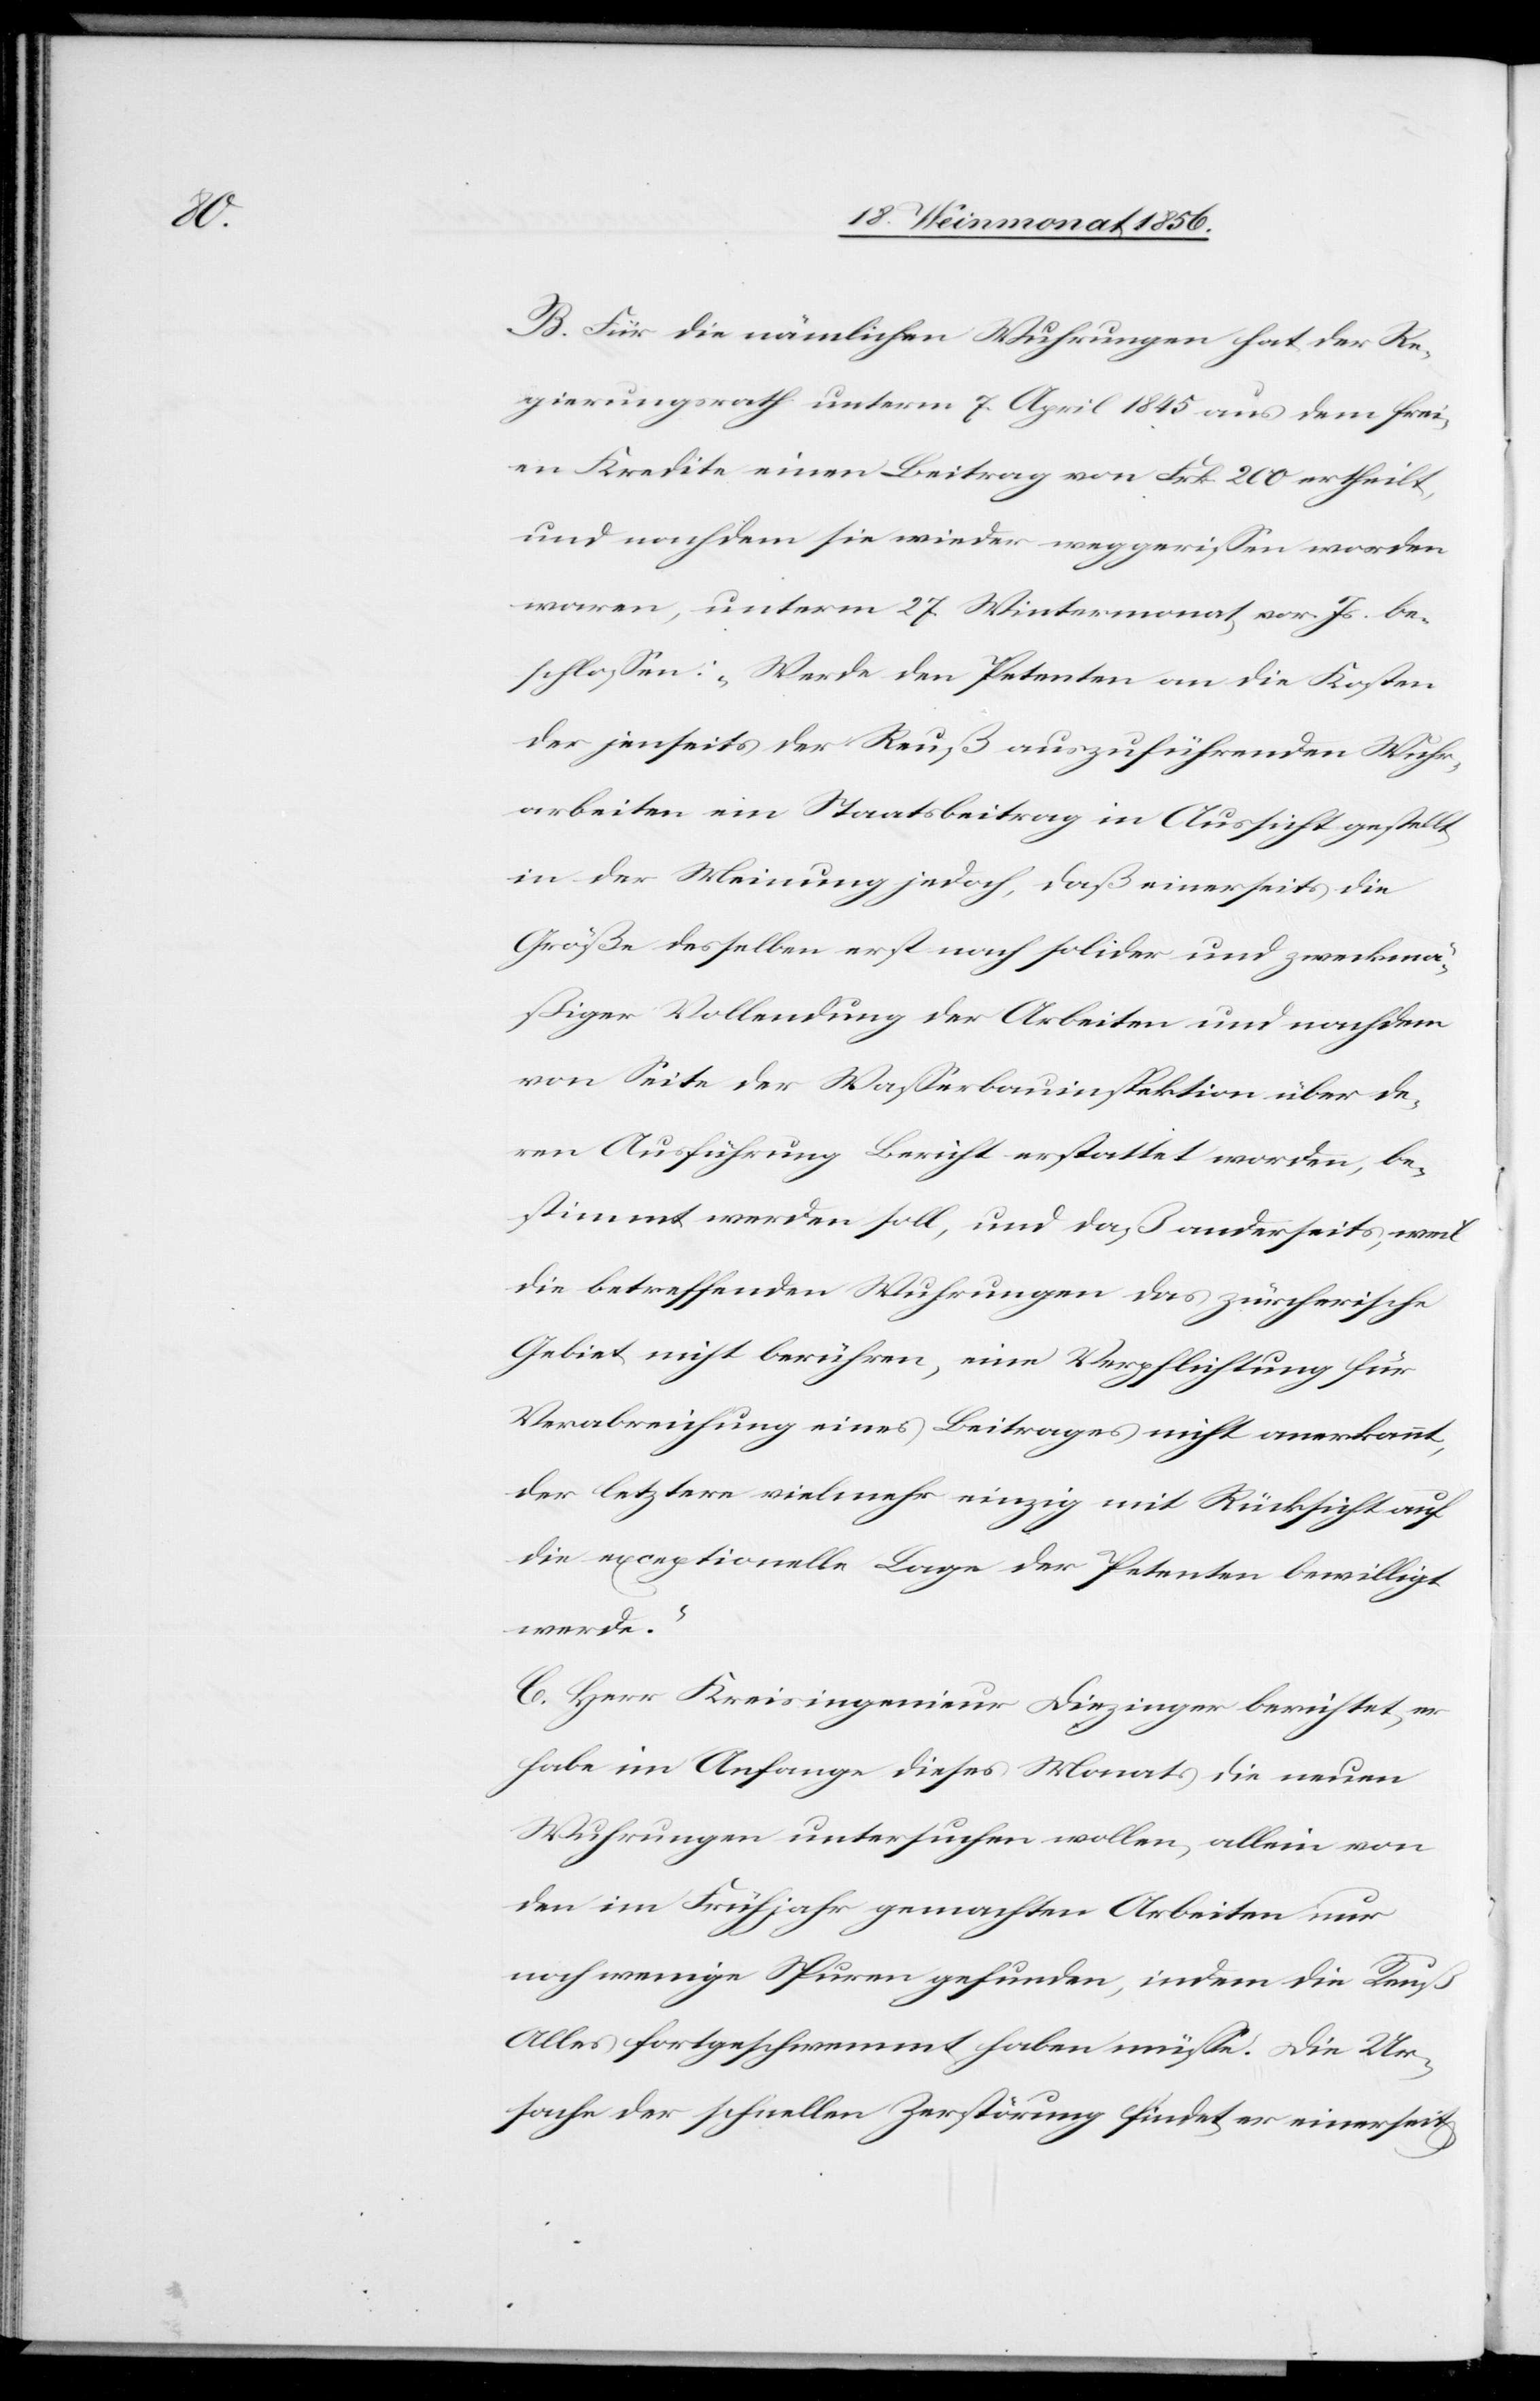
B. Für die nämlichen Wuhrungen hat der Re¬
gierungsrath unter 7. April 1845 aus dem frei¬
en Kredite einen Beitrag von Frk. 200 ertheilt,
und nachdem sie wieder weggerissen worden
waren, unterm 27. Wintermonat vor. Js. be¬
schlossen: „Werde den Petenten an die Kosten
der jenseits der Reuß auszuführenden Wuhr¬
arbeiten ein Staatsbeitrag in Aussicht gestellt
in der Meinung jedoch, daß einerseits die
Größe desselben erst nach solider und zweckmä¬
ßiger Vollendung der Arbeiten und nachdem
von Seite der Wasserbauinspektion über de¬
ren Ausführung Bericht erstattet worden, be¬
stimmt werden soll, und daß anderseits, weil
die betreffenden Wuhrungen das zürcherische
Gebiet nicht berühren, eine Verpflichtung für
Verabreichung eines Beitrages nicht anerkannt,
der letztere vielmehr einzig mit Rücksicht auf
die exceptionelle Lage der Petenten bewilligt
werde.”
C. Herr Kreisingenieur Diezinger berichtet, er
habe im Anfange dieses Monats die neuen
Wuhrungen untersuchen wollen, allein von
den im Frühjahr gemachten Arbeiten nur
noch wenige Spuren gefunden, indem die Reuß
Alles fortgeschwemmt haben müsse. Die Ur¬
sache der schnellen Zerstörung findet er einerseits